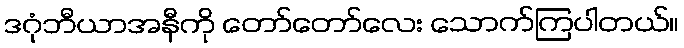
ဒဂုံဘီယာအနီကို တော်တော်လေး သောက်ကြပါတယ်။